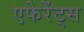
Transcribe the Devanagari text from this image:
एफेरेंट्स